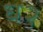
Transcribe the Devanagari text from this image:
ध२